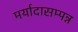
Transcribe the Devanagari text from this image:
मर्यादासम्पन्न